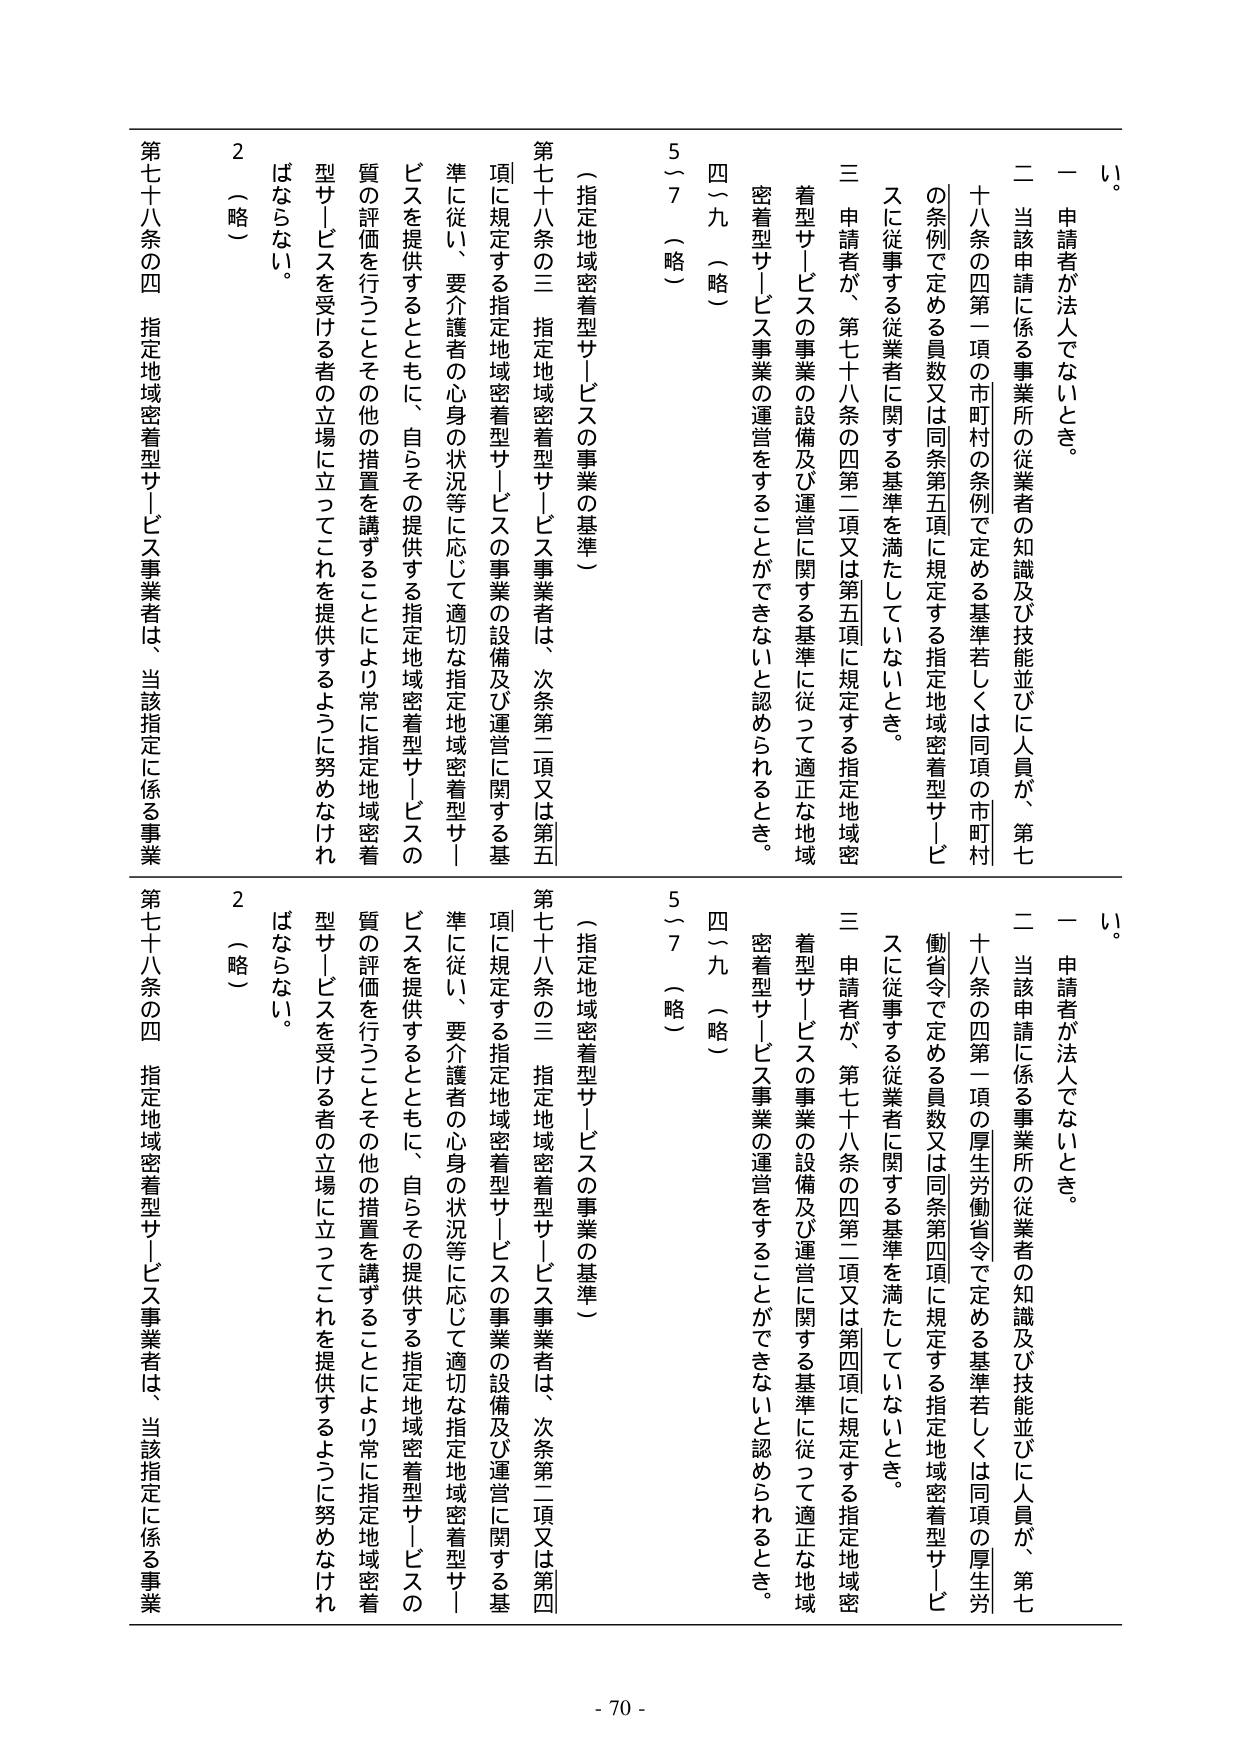
い。

一 申請者が法人でないとき。

二 当該申請に係る事業所の従業者の知識及び技能並びに人員が、第七十八条の四第一項の市町村の条例で定める基準若しくは同項の市町村の条例で定める員数又は同条第五項に規定する指定地域密着型サービスに従事する従業者に関する基準を満たしていないとき。

三 申請者が、第七十八条の四第二項又は第五項に規定する指定地域密着型サービスの事業の設備及び運営に関する基準に従って適正な地域密着型サービス事業の運営をすることができないと認められるとき。

四～九（略）

5～7（略）

（指定地域密着型サービスの事業の基準）

第七十八条の三 指定地域密着型サービス事業者は、次条第二項又は第五項に規定する指定地域密着型サービスの事業の設備及び運営に関する基準に従い、要介護者の心身の状況等に応じて適切な指定地域密着型サービスを提供するとともに、自らその提供する指定地域密着型サービスの質の評価を行うことその他 の措置を講ずることにより常に指定地域密着型サービスを受ける者の立場に立ってこれを提供するように努めなければならない。

2（略）

第七十八条の四 指定地域密着型サービス事業者は、当該指定に係る事業

い。

一 申請者が法人でないとき。

二 当該申請に係る事業所の従業者の知識及び技能並びに人員が、第七十八条の四第一項の厚生労働省令で定める基準若しくは同項の厚生労働省令で定める員数又は同条第四項に規定する指定地域密着型サービスに従事する従業者に関する基準を満たしていないとき。

三 申請者が、第七十八条の四第二項又は第四項に規定する指定地域密着型サービスの事業の設備及び運営に関する基準に従って適正な地域密着型サービス事業の運営をすることができないと認められるとき。

四～九（略）

5～7（略）

（指定地域密着型サービスの事業の基準）

第七十八条の三 指定地域密着型サービス事業者は、次条第二項又は第四項に規定する指定地域密着型サービスの事業の設備及び運営に関する基準に従い、要介護者の心身の状況等に応じて適切な指定地域密着型サービスを提供するとともに、自らその提供する指定地域密着型サービスの質の評価を行うことその他 の措置を講ずることにより常に指定地域密着型サービスを受ける者の立場に立ってこれを提供するように努めなければならない。

2（略）

第七十八条の四 指定地域密着型サービス事業者は、当該指定に係る事業

- 70 -